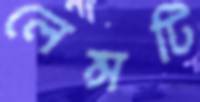
লেন্সটি